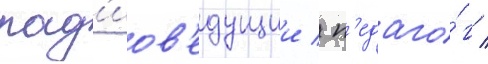
рад'иов'едущии / п'едаго́г /